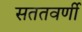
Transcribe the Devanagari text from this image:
सततवर्णी